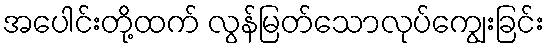
အပေါင်းတို့ထက် လွန်မြတ်သောလုပ်ကျွေးခြင်း